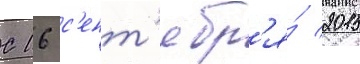
С 16 с'ент'ябр'я́ 2015